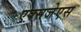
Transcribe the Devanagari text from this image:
एक्सजेएस